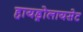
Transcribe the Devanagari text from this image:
हायड्रोलायसेट